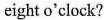
eight o'clock?